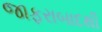
જાફરાબાદથી